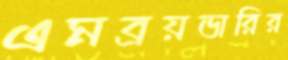
এমব্রয়ডারির